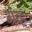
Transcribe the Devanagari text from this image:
ग्रेव्ह